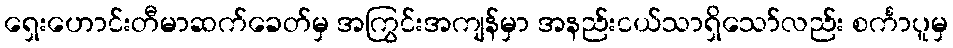
ရှေးဟောင်းတီမာဆက်ခေတ်မှ အကြွင်းအကျန်မှာ အနည်းငယ်သာရှိသော်လည်း စင်္ကာပူမှ